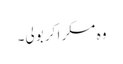
وہ مسکرا کر بولی۔